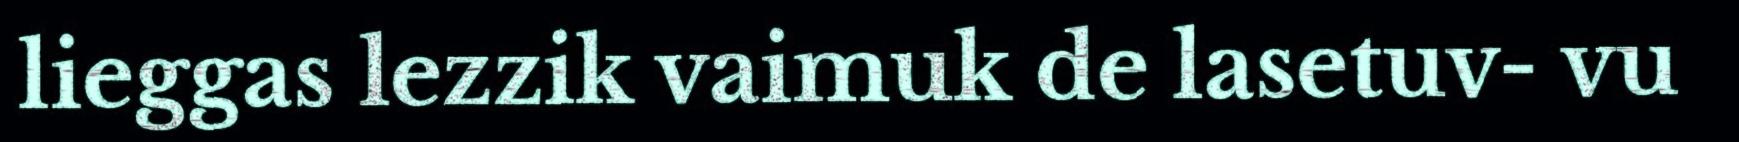
lieggas lezzik vaimuk de lasetuv- vu